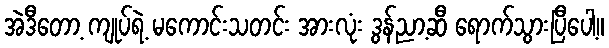
အဲဒီတော့ ကျုပ်ရဲ့ မကောင်းသတင်း အားလုံး ဒွန်ညာ့ဆီ ရောက်သွားပြီပေါ့။